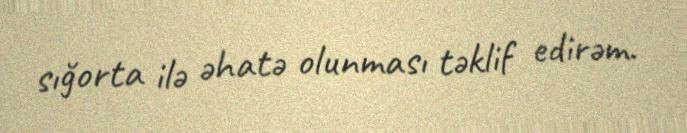
sığorta ilə əhatə olunması təklif edirəm.